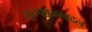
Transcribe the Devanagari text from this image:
भूतकाळाबद्दल